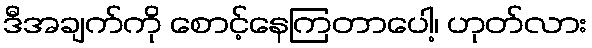
ဒီအချက်ကို စောင့်နေကြတာပေါ့၊ ဟုတ်လား